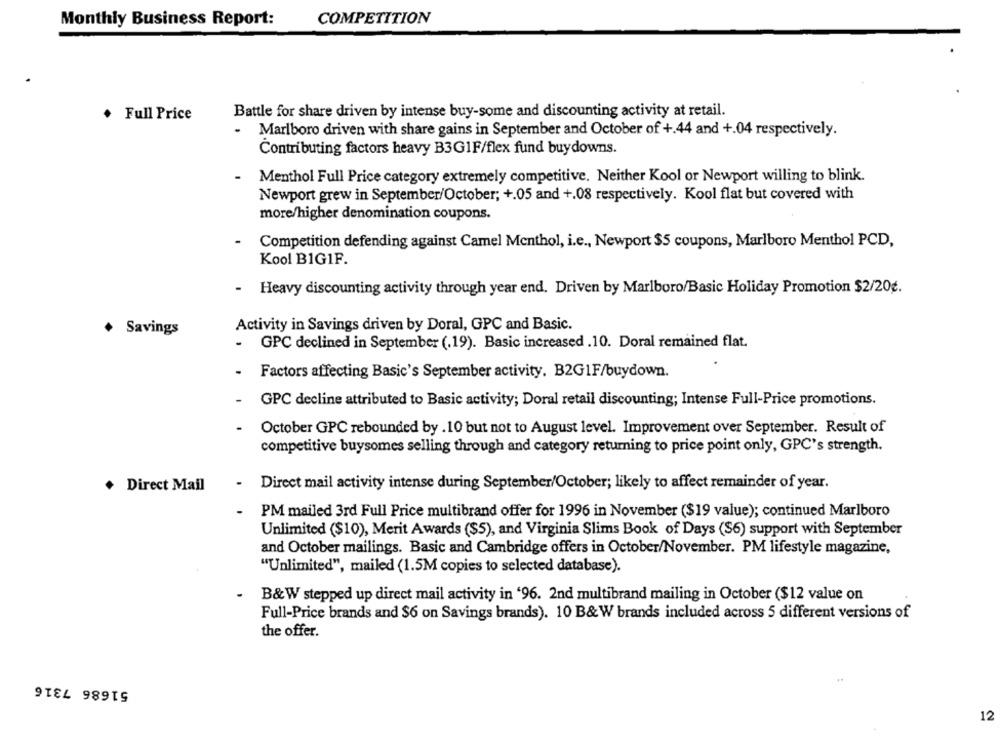
Monthly Business Report:
COMPETITION
. Full Price
Battle for share driven by intense buy-some and discounting activity at retail.
- Marlboro driven with share gains in September and October of +.44 and +.04 respectively.
Contributing factors heavy B3G1F/flex fund buydowns.
Menthol Full Price category extremely competitive. Neither Kool or Newport willing to blink.
Newport grew in September/October; +.05 and +.08 respectively. Kool flat but covered with
more/higher denomination coupons.
Competition defending against Camel Menthol, i.e ., Newport $5 coupons, Marlboro Menthol PCD,
Kool BIG1F.
- Heavy discounting activity through year end. Driven by Marlboro/Basic Holiday Promotion $2/20g.
Activity in Savings driven by Doral, GPC and Basic.
+ Savings
GPC declined in September (.19). Basic increased .10. Doral remained flat.
Factors affecting Basic's September activity. B2G1F/buydown.
GPC decline attributed to Basic activity; Doral retail discounting; Intense Full-Price promotions.
October GPC rebounded by .10 but not to August level. Improvement over September. Result of
competitive buysomes selling through and category returning to price point only, GPC's strength.
-
. Direct Mail
Direct mail activity intense during September/October; likely to affect remainder of year.
PM mailed 3rd Full Price multibrand offer for 1996 in November ($19 value); continued Marlboro
Unlimited ($10), Merit Awards ($5), and Virginia Slims Book of Days (S6) support with September
and October mailings. Basic and Cambridge offers in October/November. PM lifestyle magazine,
"Unlimited", mailed (1.5M copies to selected database).
B&W stepped up direct mail activity in '96. 2nd multibrand mailing in October ($12 value on
Full-Price brands and $6 on Savings brands). 10 B&W brands included across 5 different versions of
the offer.
51686 7316
12